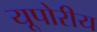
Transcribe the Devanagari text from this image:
यूपोरीय